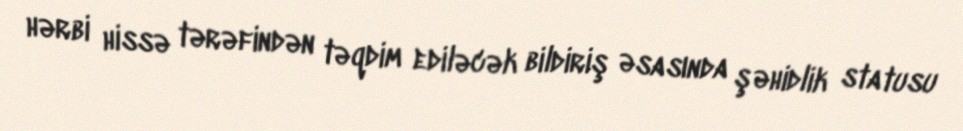
hərbi hissə tərəfindən təqdim ediləcək bildiriş əsasında şəhidlik statusu